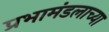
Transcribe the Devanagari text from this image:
प्रभामंडलाच्या